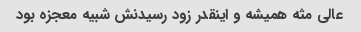
عالی مثه همیشه و اینقدر زود رسیدنش شبیه معجزه بود